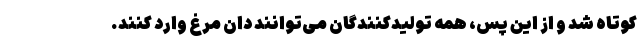
کوتاه شد و از این پس، همه تولیدکنندگان می‌توانند دان مرغ وارد کنند.